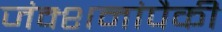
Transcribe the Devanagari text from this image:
जंक्शनांपैकी